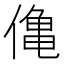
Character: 𫣒